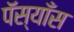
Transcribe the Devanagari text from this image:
पॅस्याँस